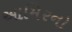
આમિરનો